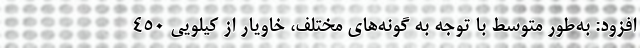
افزود: به‌طور متوسط با توجه به گونه‌های مختلف، خاویار از کیلویی ۴۵۰